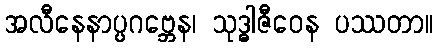
အလီနေနာပ္ပဂဗ္ဘေန၊ သုဒ္ဓါဇီဝေန ပဿတာ။